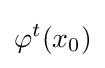
\varphi ^{t}(x_{0})